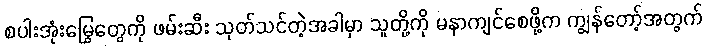
စပါးအုံးမြွေတွေကို ဖမ်းဆီး သုတ်သင်တဲ့အခါမှာ သူတို့ကို မနာကျင်စေဖို့က ကျွန်တော့်အတွက်